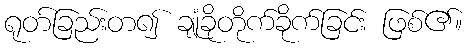
ရုတ်ခြည်းတ၍ ချုံခိုတိုက်ခိုက်ခြင်း ဖြစ်၏။